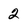
Character: 2